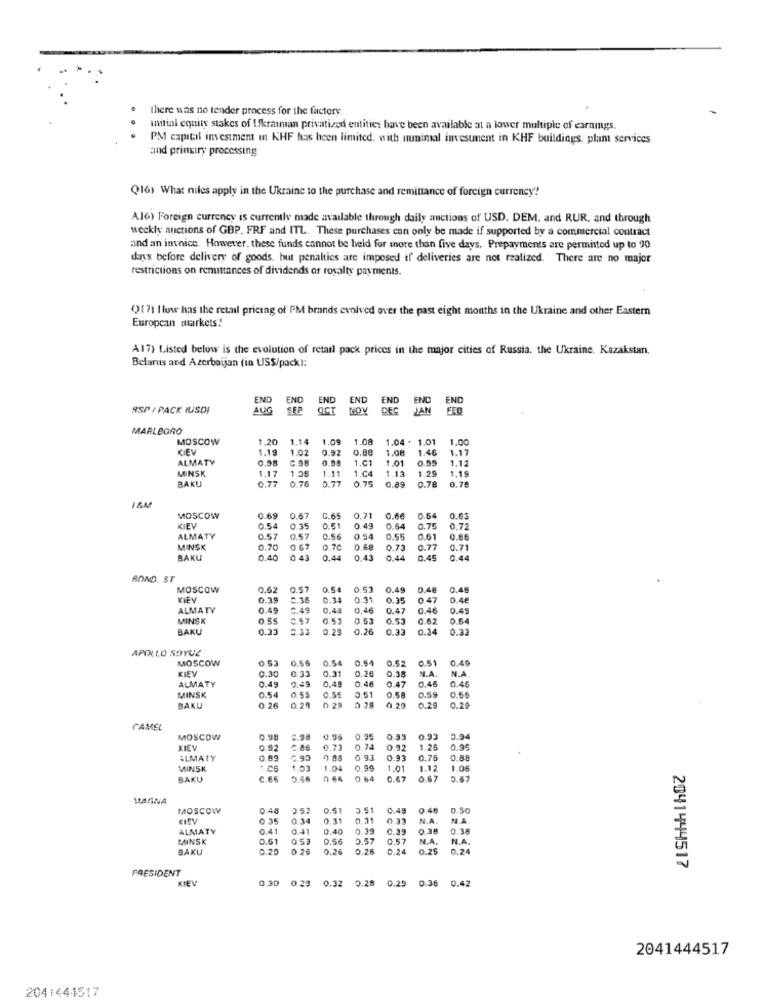
there was no tender process for the factory.
.
initial equity stakes of Ukrainian privatized entities have been available at a lower multiple of earnings,
. .
PM capital investment in KHF has been limited, with minimal investment in KHF buildings, plant services
and princiry processing
(16) What niles apply in the Ukraine to the purchase and remittance of foreign currency?
Al6) Foreign currency is currently made available through daily auctions of USD. DEM. and RUR. and through
weekly auctions of GBP. FRF and ITL. These purchases can only be made if supported by a commercial contract
and an innice. However. these funds cannot be held for more than five days. Prepayments are permitted up to 20
dass before delivery of goods. but penalties are imposed if deliveries are not realized. There are no major
restrictions on remittances of dividends or royalty payments.
Qf 7) How has the retail pricing of PM brands evolved over the past eight months in the Ukraine and other Eastern
European markets!
A17) Listed below is the evolution of retail pack prices in the major cities of Russia. the Ukraine. Kazakstan.
Belarus and Azerbaijan (in USS/pack):
END
END
END
SSP / PACK HUSDI
AUG
SEP
MARLBORO
MOSCOW
1.20 1.14 1.09 1.08
1.04 . 1.01
1.00
KIEV
1.19
1.02
0.92
0.88
1.08
1.46
1.17
ALMATY
0.98
C.98
0.98
1.01
1.01
0.99
1.12
MINSK
1 36
1.11
1.04
1.13
1.29
1.19
BAKU
1.17
0.77
0.76
0.77
0.75
0.89
0.78
0.79
18M
MOSCOW
0.69 0.67 C.65
0.71
0.66
0.64
0.63
KIEV
0.54
0.35
0.51
0.49
0.64
0.75
0.72
ALMATY
0.57
0.57
0.56
0.54
0.55
0.61
0.66
MINSK
0.70
0 67
0.70
0.68
0.73
0.77
0.71
BAKU
0.40
0 43
0.44
0,43
0.44
0.45
0.44
BOND. ST
MOSCOW
0.62 0.57 0.54 0.53
0.49
0.48
0.45
0.39
0.14
0.31
0.25
0.47
0.46
ALMATY
0.49
0.49
0,48
0,46
0.47
0.46
0.49
MINSK
0.55
0.57
0.53 0.53
0.53
0.54
BAKU
0.33
0.33 0.23 0.26
0.26
0.33
0.34
0.32
APINLO SOYUZ
MOSCOW
0.53 0.56 0.54 0.54 0.52
0.51
0.40
KIEV
0.30
0.33
0.31
0.26
0.38
N.A.
N.A.
ALMATY
0.49
0.49
0.48
0.46
0.47
0.46
0.46
MINSK
0.51
0.58
0.59
0.54
0.55
0.56
0.56
BAKU
0 26
0.29
0 29 0 28
0.20
0.29
0.2
CAMEL
MOSCOW
C.98 0.96 0.95 0.93 0.93
0.94
KIEV
0.92
2.86
0.71
0.74
0.92
1.26
0.95
ILMATY
0.09
6.90
0 93
0.93
0.75
0.88
MINSK
1.03
1.04 0.99
1.01
1.12
1.05
BAKU
C.65 0.56 0 66 0 64
0.67 0.67
5.67
MAGNA
MOSCOW
0.48
052
0.51
3.51
0.49
0.48
0.50
0.35
0.34
0.31
0.31
0.33
N.A.
ALMATY
0.41
0.41
0.40
0.39
0.39
0.38
0.36
DANSK
0.61
0.53
0.56
0.57
0.57
N.A.
N.A.
BAKU
0.20
0.28
0.24
0.26
0.24
0.25
0.24
PRESIDENT
2041444517
KIEV
0.30
0.29
0.32
0.28
0.29
0.36 0.42
2041444517
204:444517